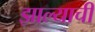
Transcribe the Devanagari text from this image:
झाल्याचीं